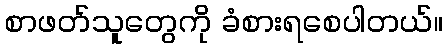
စာဖတ်သူတွေကို ခံစားရစေပါတယ်။